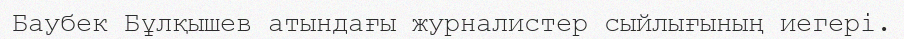
Баубек Бұлқышев атындағы журналистер сыйлығының иегері.